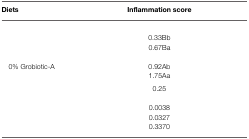
<table><thead><tr><td><b>Diets</b></td><td><b>Inflammation score</b></td></tr></thead><tbody><tr><td>[EMPTY_CELL]</td></tr><tr><td>[EMPTY_CELL]</td><td>0.33Bb</td></tr><tr><td>[EMPTY_CELL]</td><td>0.67Ba</td></tr><tr><td>[EMPTY_CELL]</td></tr><tr><td> 0% Grobiotic-A</td><td>0.92Ab</td></tr><tr><td>[EMPTY_CELL]</td><td>1.75Aa</td></tr><tr><td>[EMPTY_CELL]</td><td>0.25</td></tr><tr><td>[EMPTY_CELL]</td></tr><tr><td>[EMPTY_CELL]</td><td>0.0038</td></tr><tr><td>[EMPTY_CELL]</td><td>0.0327</td></tr><tr><td>[EMPTY_CELL]</td><td>0.3370</td></tr></tbody></table>